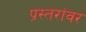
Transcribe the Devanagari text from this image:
प्रस्तरांवर